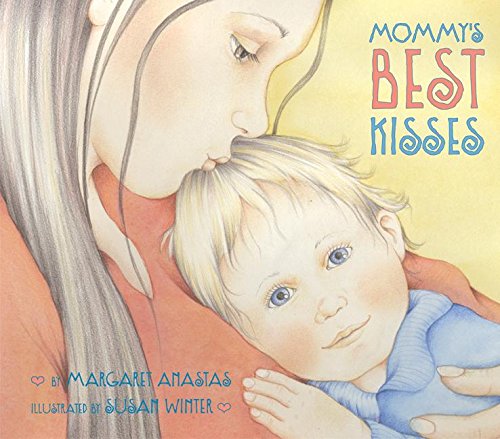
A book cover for Mommy's Best Kisses Board Book; Margaret Anastas; Children's Books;